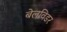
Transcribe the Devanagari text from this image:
बेलविडर